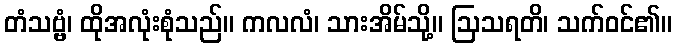
တံသဗ္ဗံ၊ ထိုအလုံးစုံသည်။ ကလလံ၊ သားအိမ်သို့။ ဩသရတိ၊ သက်ဝင်၏။